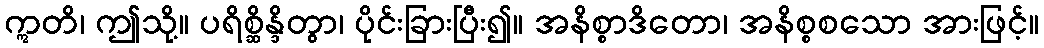
ဣတိ၊ ဤသို့။ ပရိစ္ဆိန္ဒိတွာ၊ ပိုင်းခြားပြီး၍။ အနိစ္စာဒိတော၊ အနိစ္စစသော အားဖြင့်။